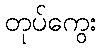
တုပ်ကွေး